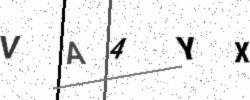
Text: VA4YX